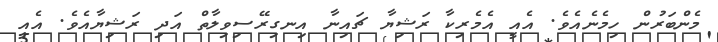
މެންބަރުން ހިމެނެއެވެ. އެއީ އެމެރިކާ ރަޝިޔާ ޗައިނާ އިނގިރޭސިވިލާތް އަދި ރަޝިޔާއެވެ. އެއީ